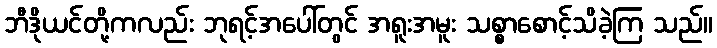
ဘီဒိုယင်တို့ကလည်း ဘုရင့်အပေါ်တွင် အရူးအမူး သစ္စာစောင့်သိခဲ့ကြ သည်။